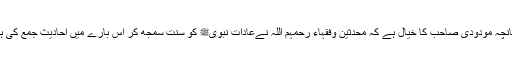
چنانچہ مودودی صاحب کا خیال ہے کہ محدثین وفقہاء رحمہم اللہ نےعادات نبویﷺ کو سنت سمجھ کر اس بارے میں احادیث جمع کی ہیں۔